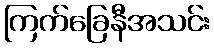
ကြက်ခြေနီအသင်း